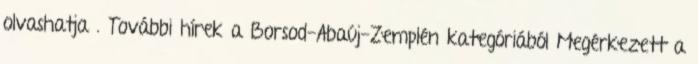
olvashatja . További hírek a Borsod-Abaúj-Zemplén kategóriából Megérkezett a